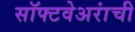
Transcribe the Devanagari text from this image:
सॉफ्टवेअरांची